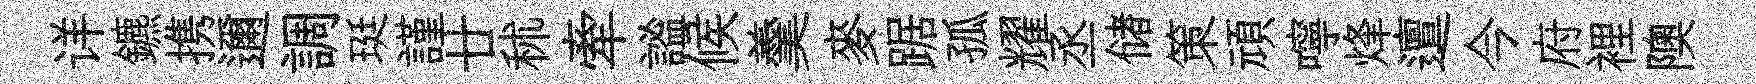
详鑣携邇調珽謹廿秫牽謐候羹麥踞孤耀丞储策頑嚀烽邅今府裡隩